Scottish Certificate of Education, 1962
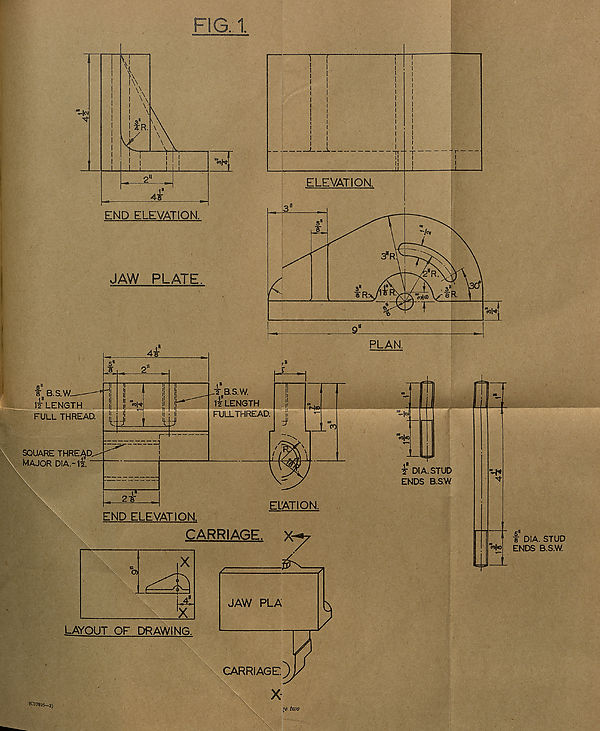
FIG. 1.
ELEVATION.
END ELEVATION.
JAW
PLATE.
la LENGTH
FULL THREAD.
SQUARE THREAD,
major dia.-iL
. r
4¥
PLAN.
5 s
$
yj
i "
t-j
r-
2-fe"
p
T B.S.W.
li* LENGTH
FULLTHREAD.
END ELEVATSON.
CARRIAGE.
X
LAYOUT OF DRAWING.
f" DIA. STUD
ENDS B.S.W.
?e two